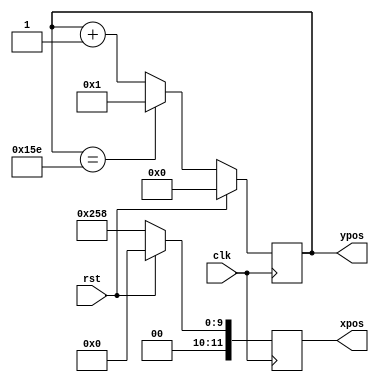
`timescale 1ns / 1ps
//////////////////////////////////////////////////////////////////////////////////
// Company: 
// Engineer: 
// 
// Design Name: 
// Module Name: draw_rect_ctl
// Project Name: 
// Target Devices: 
// Tool Versions: 
// Description: 
// 
// Dependencies: 
// 
// Revision:
// Revision 0.01 - File Created
// Additional Comments:
// 
//////////////////////////////////////////////////////////////////////////////////


module dynamic_obst_ctl(
   input wire clk,          //100 Hz
   input wire rst,
   output reg [11:0] xpos,
   output reg [11:0] ypos
);

localparam VER_PIXELS = 600;
localparam RECT_HEIGHT = 50; 

localparam XPOS_INIT = 600;
localparam YPOS_INIT = 1;

localparam DOWN = 2'b01, UP = 2'b10, CHANGE_DIRECTION = 2'b11;

reg [11:0] xpos_nxt, ypos_nxt;  
//reg GO_UP;
//reg [1:0] state, state_nxt;

always @(posedge clk) begin
    if(rst) begin
        xpos <= 0;
        ypos <= 0;  
        //state <= DOWN;  
    end
    else begin
        xpos <= xpos_nxt;
        ypos <= ypos_nxt;
        //state <= state_nxt;
    end
end

/*
If clock 100 Hz is applied to the module, then t is incremented each 10 ms.
v = 1 pixels/10ms -> obstables moving 100 pixels in 1 sec
*/

always @* begin

    xpos_nxt = XPOS_INIT;
    ypos_nxt = ypos + 1;
    
    if ( ypos == 350 ) begin
        ypos_nxt = 1;
    end
    else begin
        ypos_nxt = ypos + 1;
    end
end
endmodule 

/*always @* begin

    xpos_nxt = XPOS_INIT;
    
    case (state)
    
    DOWN: begin
    
        ypos_nxt = ypos + 1;
        
        if ( ypos >= 300) begin
            GO_UP = 1'b1;
            state_nxt = CHANGE_DIRECTION;
        end
        else begin
            GO_UP = 1'b0;
            state_nxt = DOWN;
        end
        
    end
    
    UP: begin
        
        ypos_nxt = ypos - 1;
        
        if ( ypos <= 1) begin
            state_nxt = CHANGE_DIRECTION;
            GO_UP = 1'b0;
        end
        else begin
            GO_UP = 1'b1;
            state_nxt = UP;
        end
    end
    
    CHANGE_DIRECTION: begin
    
        ypos_nxt = ypos;
        state_nxt = GO_UP ? UP : DOWN;
        GO_UP = 1'b0;       
             
    end
    
    default: begin
        ypos_nxt = ypos;
        GO_UP = 1'b0;
        state_nxt = GO_UP ? UP : DOWN;
    end
    
endcase
end*/